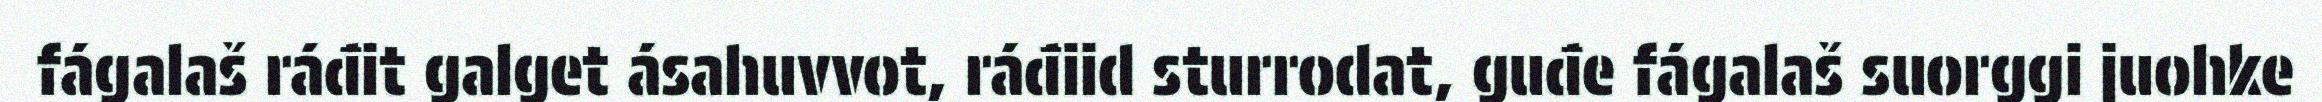
fágalaš ráđit galget ásahuvvot, ráđiid sturrodat, guđe fágalaš suorggi juohke